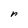
Character: r